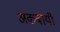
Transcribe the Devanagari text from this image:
अकबायी